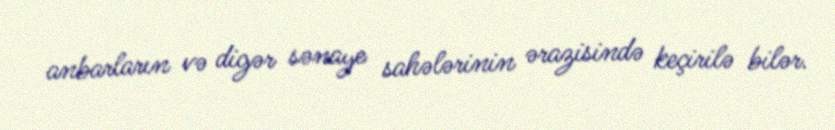
anbarların və digər sənaye sahələrinin ərazisində keçirilə bilər.